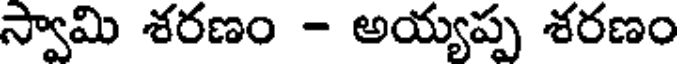
స్వామి శరణం - అయ్యప్ప శరణం